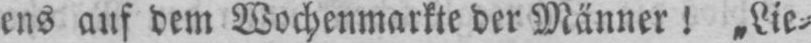
ens auf dem Wochenmarkte der Männer! „Lie⸗